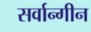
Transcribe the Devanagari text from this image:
सर्वान्गीन